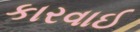
કારવાઈ